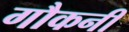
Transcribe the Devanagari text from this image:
गौकनी